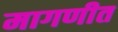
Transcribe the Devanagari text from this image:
मागणीत